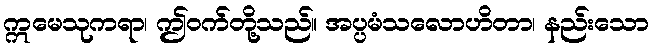
ဣမေသုကရာ၊ ဤဝက်တို့သည်။ အပ္ပမံသလောဟိတာ၊ နည်းသော